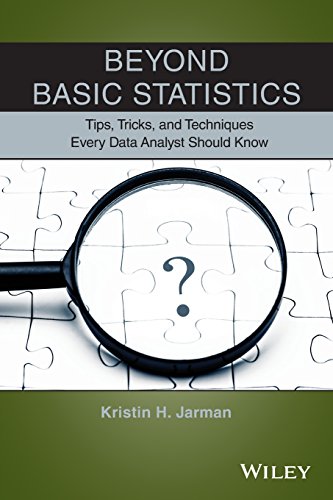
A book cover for Beyond Basic Statistics: Tips, Tricks, and Techniques Every Data Analyst Should Know; Kristin H. Jarman; Science & Math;